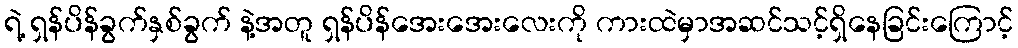
ရဲ့ ရှန်ပိန်ခွက်နှစ်ခွက် နဲ့အတူ ရှန်ပိန်အေးအေးလေးကို ကားထဲမှာအဆင်သင့်ရှိနေခြင်းကြောင့်